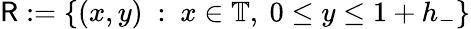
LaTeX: \mathsf{R}:=\{ (x,y)\ :\ x\in\mathbb{T},\ 0\leq y\leq 1+h_{-}\}